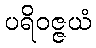
ပရိဝဇ္ဇယံ